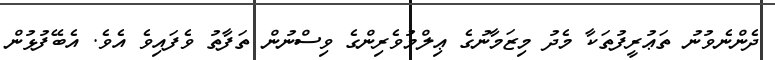
ދެންނެވުނު ތަޢުރީފުތަކާ މެދު މިޒަމާނުގެ ޢިލްމުވެރިންގެ ވިސްނުން ތަފާތު ވެފައިވެ އެވެ. އެބޭފުޅުން